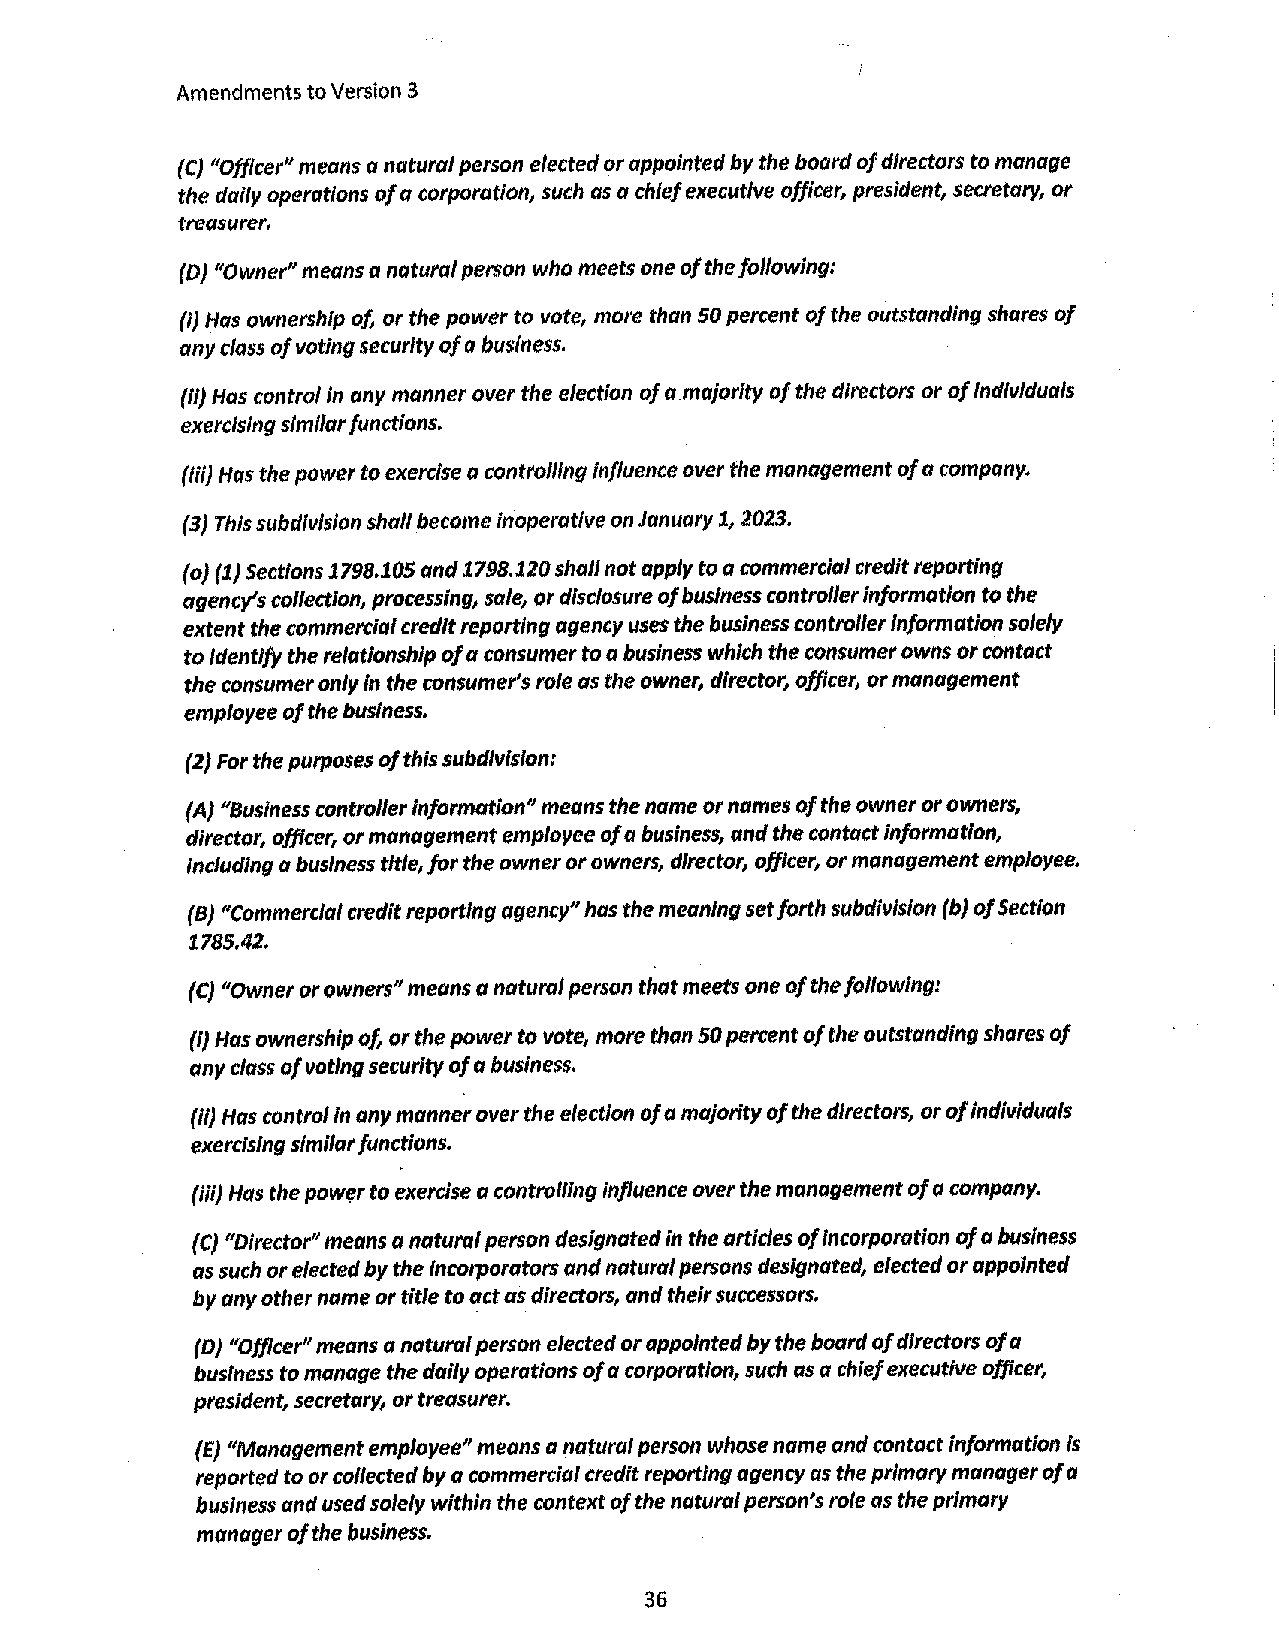
Amendments to Version 3
 (CJ "Officer" means o natural person elected or appointed by the board of directors to manage
 the dolly operations of o corporation, such os a chief executive officer, president, secretory, or
 treasurer,
 (DJ "Owner" means a natural person who meets one of the following:
 (i} Hos ownership ot or the power to vote, more than 50 percent of the outstanding shares of
 any class of voting security of a business.
 (fl) Has control in any manner over the election of a majority of the directors or of Individuals
 exercising similar functions.
 (Iii) Has the power to exercise a control/Ing Influence over the management of a company.
 {3) This subdivision shall become Inoperative on January 1, 2023.
 (o) {1) Sections 1798,105 ond 1798.120 shall not apply to a commercial credit reporting
 agency's collection, processing, sale, or disclosure of business controller information to the
 extent the commercial credit reporting agency uses the business controller information solely
 to Identify the relotlonshlp of a consumer to a business which the consumer owns or contact
 the consumer only In the consumer's role as the owner, director, officer, or management
 employee of the business.
 (2) For the purposes of this subdivision:
 {A) "Business controller information" means the nome or names of the owner or owners,
 director, officer, or management employee of a business, and the contact information,
 Including a business title, for the owner or owners, director, officer, or management employee.
 {B) "Commercial credit reporting agency" has the meaning set forth subdivision (b) of Section
 1785.42,
 (CJ "Owner or owners" means a natural person that meets one of the following:
 (/) Hos ownership ot or the power to vote, more than 50 percent of the outstanding shares of
 any class of voting security of a business,
 (II} Hos control In any manner over the election of a majority of the directors, or of individuals
 exercising similar functions.
 (iii) Has the pow(!r to exercise a control/Ing influence over the management of a company.
 (CJ "Director" means a natural person designated In the articles of incorporation of a business
 as such or elected by the lncorporators and natural persons designated, elected or appointed
 by any other name or title to act as directors, ond their successors.
 (DJ "Officer" means a natural person elected or appointed by the board of directors of o
 business to monoge the daily operations of o corporation, such os o chief executive officer,
 president, secretory, or treasurer.
 {E) "Management employee" means o natural person whose name and contact information Is
 reported to or collected by a commercial credit reporting agency os the primary manager of o
 business ond used solely within the context of the natural person's role os the primary
 manager of the business.
 36